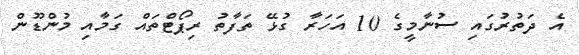
އެ ދަތުރުގައި ސުނާމީގެ 10 އަހަރާ ގުޅޭ ތަފާތު ރިޕޯޓްތައް ގަމާއި މުންޑޫން